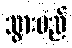
သွားမည်